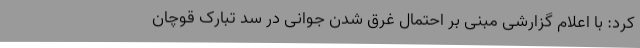
کرد: با اعلام گزارشی مبنی بر احتمال غرق شدن جوانی در سد تبارک قوچان